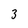
Character: 3